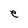
Character: e